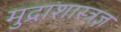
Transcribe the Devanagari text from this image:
मुद्राशास्त्रज्ञ